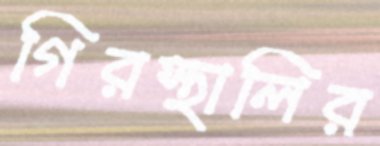
গিরস্থালির